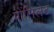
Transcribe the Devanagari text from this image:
पोंसिलेट